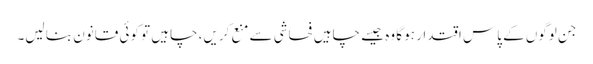
جن لوگوں کے پاس اقتدار ہو گا وہ جیسے چاہیں فحاشی سے منع کریں، چاہیں تو کوئی قانون بنا لیں۔